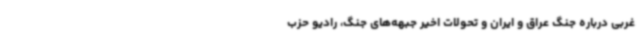
غربی درباره جنگ عراق و ایران و تحولات اخیر جبهه‌های جنگ، رادیو حزب